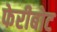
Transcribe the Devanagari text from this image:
फेरीबोट